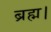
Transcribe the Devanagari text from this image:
ब्रह्म।